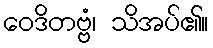
ဝေဒိတဗ္ဗံ၊ သိအပ်၏။